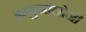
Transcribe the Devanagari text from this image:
इम्मुनोलोजी